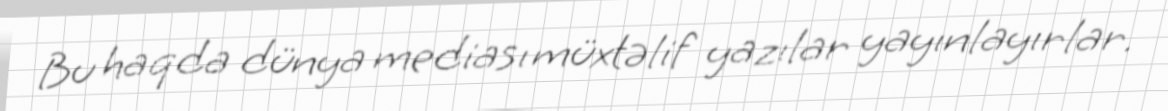
Bu haqda dünya mediası müxtəlif yazılar yayınlayırlar.